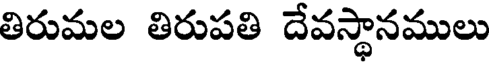
తిరుమల తిరుపతి దేవస్థానములు